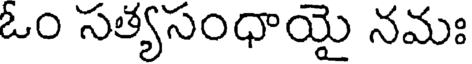
ఓం సత్యసంధాయై నమః